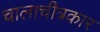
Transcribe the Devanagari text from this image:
चालाचीत्रकार